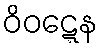
ဝိဝဋ္ဋေန